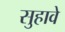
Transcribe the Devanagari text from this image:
सुहावे